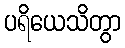
ပရိယေသိတွာ